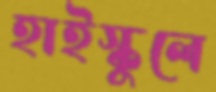
হাইস্কুলে